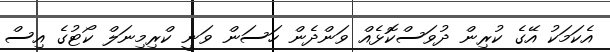
އެކަމަކު އޭގެ ކުރިން ދުވަސްކޮޅެއް ވަންދެން ހަސަން ވަނީ ކްރިމިނަލް ކޯޓުގެ އިސް